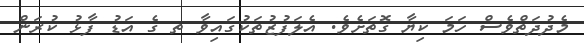
މެދުދަތްވެސް ހަމަ ކިޔާ ގޮތަށެވެ. އެލަފުޒުތަކުގައިވާ ތ ގެ އަޑު ފާޅު ކުރަން